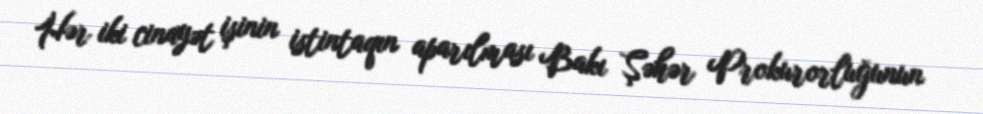
Hər iki cinayət işinin istintaqın aparılması Bakı Şəhər Prokurorluğunun